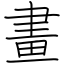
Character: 畫